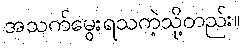
အသက်မွေးရသကဲ့သို့တည်း။